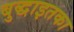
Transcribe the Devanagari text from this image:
बुद्धाइतका